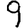
Digit: 9